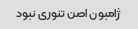
ژامبون اصن تنوری نبود